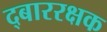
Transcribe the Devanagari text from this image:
द्बाररक्षक